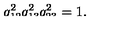
\smash { q _ { 1 2 } ^ { 2 } q _ { 1 3 } ^ { 2 } q _ { 2 3 } ^ { 2 } } = 1 .